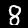
Digit: 8